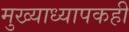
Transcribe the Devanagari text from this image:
मुख्याध्यापकही